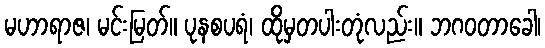
မဟာရာဇ၊ မင်းမြတ်။ ပုနစပရံ၊ ထိုမှတပါးတုံလည်း။ ဘဂဝတာခေါ၊